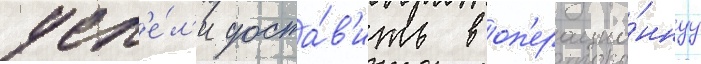
усп'е́л'и доста́в'ить в оп'ерацио́ннуу